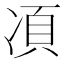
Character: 𱐇